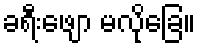
ခရီးဖျော မလိုခြေ။